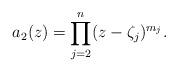
LaTeX: \begin{align*}a_2(z)=\prod_{j=2}^n (z-\zeta_j)^{m_j}.\end{align*}